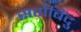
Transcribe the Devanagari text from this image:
सरोबिंदु